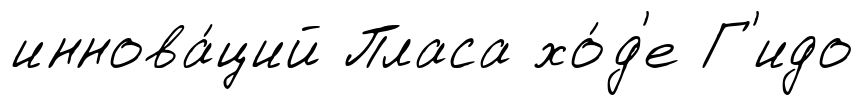
иннова́ций Пласа хо́д'е Г'идо